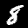
Digit: 8